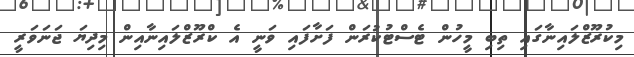
މިކުރޫޒްލައިނާގައި ތިބި މީހުން ޓެސްޓުކުރަން ފަށާފައި ވަނީ އެ ކްރޫޒްލައިނާއިން މިދިޔަ ޖަނަވަރީ